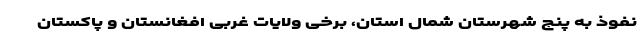
نفوذ به پنج شهرستان شمال استان، برخی ولایات غربی افغانستان و پاکستان